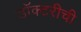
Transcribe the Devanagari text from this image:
डॉक्टरीची